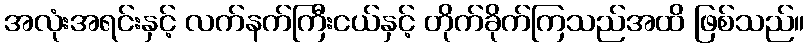
အလုံးအရင်းနှင့် လက်နက်ကြီးငယ်နှင့် တိုက်ခိုက်ကြသည်အထိ ဖြစ်သည်။